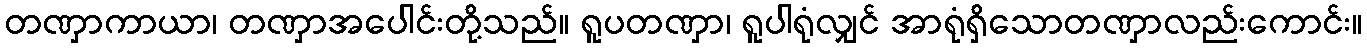
တဏှာကာယာ၊ တဏှာအပေါင်းတို့သည်။ ရူပတဏှာ၊ ရူပါရုံလျှင် အာရုံရှိသောတဏှာလည်းကောင်း။